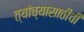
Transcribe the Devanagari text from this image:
त्यांच्यासाठीची